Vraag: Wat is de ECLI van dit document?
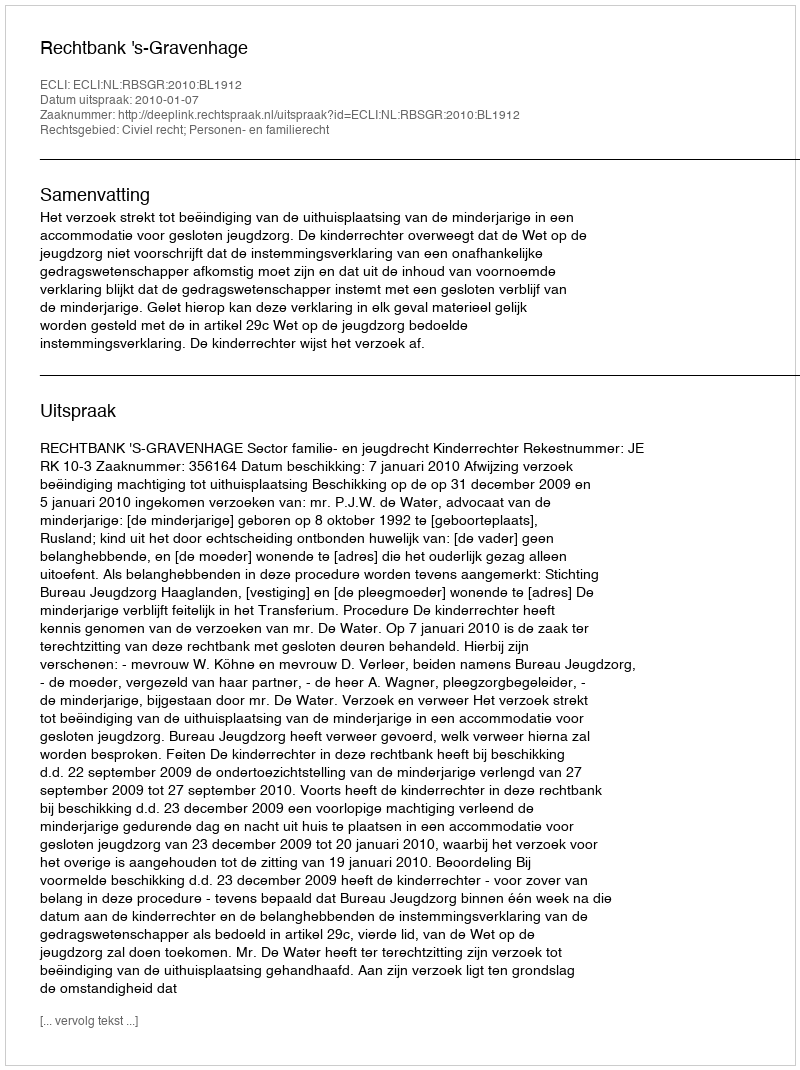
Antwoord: ECLI:NL:RBSGR:2010:BL1912